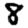
Digit: 8